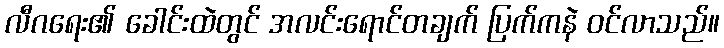
လီဂရေး၏ ခေါင်းထဲတွင် အလင်းရောင်တချက် ပြက်ကနဲ ဝင်လာသည်။